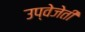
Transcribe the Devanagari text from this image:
उप्वेजेती